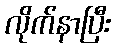
လိုက်နာပြီး